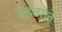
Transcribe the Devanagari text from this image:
हडतालें